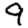
Digit: 9